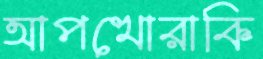
আপখোরাকি